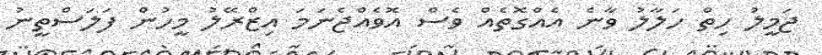
ޖަމީލު ހިތް ހަލާލު ވާނެ އެއްގޮތެއް ވެސް އޮވެއްޖެނަމަ އިޒްރޭލު މީހުން ފަލަސްތީނު